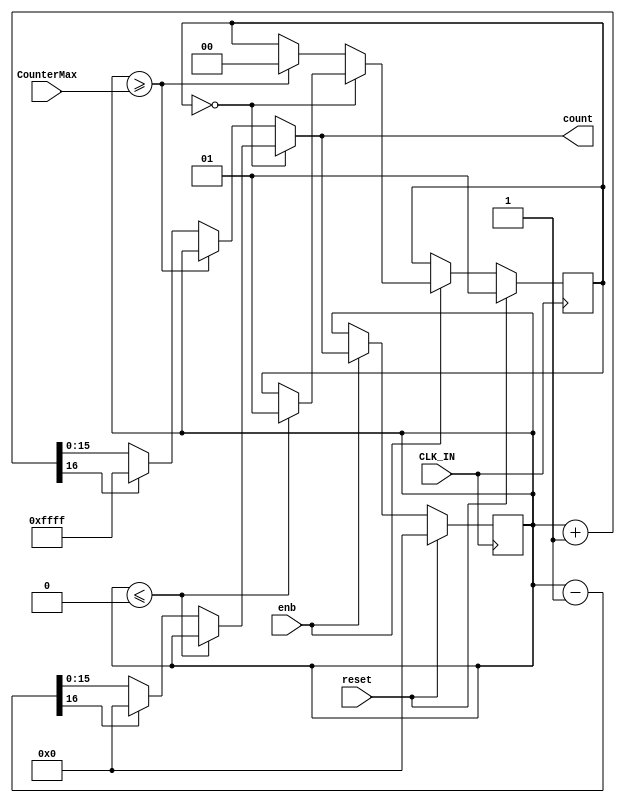
// -------------------------------------------------------------
// 
// 
// Generated by MATLAB 8.2 and HDL Coder 3.3
// 
// -------------------------------------------------------------


// -------------------------------------------------------------
// 
// Module: Chart
// Source Path: controllerPeripheralHdlAdi/PWM/Chart
// Hierarchy Level: 2
// 
// -------------------------------------------------------------

`timescale 1 ns / 1 ns

module Chart
          (
           CLK_IN,
           reset,
           enb,
           CounterMax,
           count
          );


  input   CLK_IN;
  input   reset;
  input   enb;
  input   [15:0] CounterMax;  // uint16
  output  [15:0] count;  // uint16

  parameter IN_COUNT_Down = 0, IN_COUNT_UP = 1;

  reg [1:0] is_libPwmCompareToPinsHdl_c1_Chart;  // uint8
  reg [15:0] count_reg;  // uint16
  reg [1:0] is_libPwmCompareToPinsHdl_c1_Chart_next;  // enumerated type (2 enums)
  reg [15:0] count_reg_next;  // uint16
  reg [16:0] add_temp_1;  // ufix17
  reg signed [16:0] sub_temp_1;  // sfix17


  always @(posedge CLK_IN)
    begin : libPwmCompareToPinsHdl_c1_Chart_process
      if (reset == 1'b1) begin
        //Entry: PWM_HDL/Chart
        //Entry Internal: PWM_HDL/Chart
        //Transition: '<S13>:5'
        count_reg <= 16'd0;
        is_libPwmCompareToPinsHdl_c1_Chart <= IN_COUNT_UP;
      end
      else if (enb) begin
        is_libPwmCompareToPinsHdl_c1_Chart <= is_libPwmCompareToPinsHdl_c1_Chart_next;
        count_reg <= count_reg_next;
      end
    end

  always @(is_libPwmCompareToPinsHdl_c1_Chart, CounterMax, count_reg) begin
    is_libPwmCompareToPinsHdl_c1_Chart_next = is_libPwmCompareToPinsHdl_c1_Chart;
    count_reg_next = count_reg;
    //Gateway: PWM_HDL/Chart
    //During: PWM_HDL/Chart

    case ( is_libPwmCompareToPinsHdl_c1_Chart)
      IN_COUNT_Down :
        begin
          //During 'COUNT_Down': '<S13>:2'
          if (count_reg <= 16'b0000000000000000) begin
            //Transition: '<S13>:4'
            is_libPwmCompareToPinsHdl_c1_Chart_next = IN_COUNT_UP;
          end
          else begin
            sub_temp_1 = $signed({1'b0, count_reg}) - 1;
            if (sub_temp_1[16] == 1'b1) begin
              count_reg_next = 16'b0000000000000000;
            end
            else begin
              count_reg_next = sub_temp_1[15:0];
            end
          end
        end
      default :
        begin
          //During 'COUNT_UP': '<S13>:1'
          if (count_reg >= CounterMax) begin
            //Transition: '<S13>:3'
            is_libPwmCompareToPinsHdl_c1_Chart_next = IN_COUNT_Down;
          end
          else begin
            add_temp_1 = count_reg + 1;
            if (add_temp_1[16] != 1'b0) begin
              count_reg_next = 16'b1111111111111111;
            end
            else begin
              count_reg_next = add_temp_1[15:0];
            end
          end
        end
    endcase

  end

  assign count = count_reg_next;



endmodule  // Chart